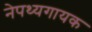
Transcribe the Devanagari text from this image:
नेपथ्यगायक